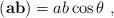
LaTeX: \begin{align*}({\bf ab}) = ab\cos{\theta} ~,\end{align*}